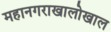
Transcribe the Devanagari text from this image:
महानगराखालोखाल